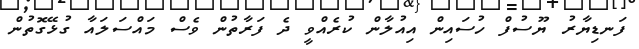
ފަނޑިޔާރު ޔޫސުފް ހުސައިން އިއުލާން ކުރެއްވީ ދެ ފަރާތުން ވެސް މައްސަލައާ ގުޅޭގޮތުން